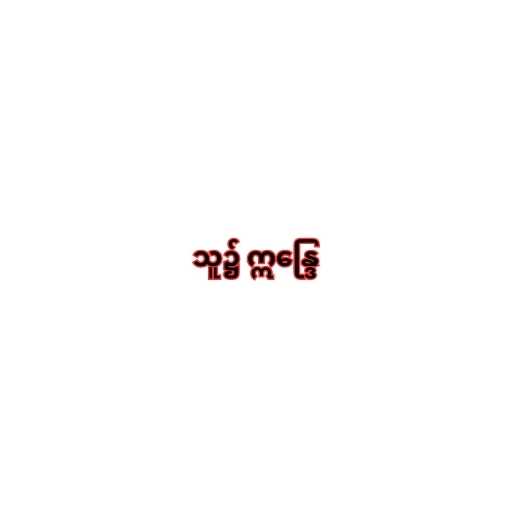
သူ၌ ဣန္ဒြေ